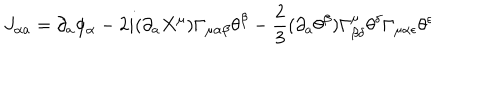
J _ { \alpha a } = \partial _ { a } \phi _ { \alpha } - 2 i ( \partial _ { a } X ^ { \mu } ) \Gamma _ { \mu \alpha \beta } \theta ^ { \beta } - \frac { 2 } { 3 } ( \partial _ { a } \theta ^ { \beta } ) \Gamma _ { \beta \delta } ^ { \mu } \theta ^ { \delta } \Gamma _ { \mu \alpha \epsilon } \theta ^ { \epsilon } \nonumber